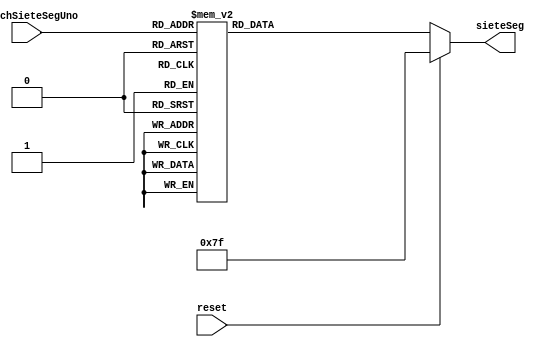
`timescale 1ns / 1ps
//////////////////////////////////////////////////////////////////////////////////
// Company: 
// Engineer: 
// 
// Design Name: 
// Module Name:    Deco_7Seg_2 
// Project Name: 
// Target Devices: 
// Tool versions: 
// Description: 
//
// Dependencies: 
//
// Revision: 
// Revision 0.01 - File Created
// Additional Comments: 
//
//////////////////////////////////////////////////////////////////////////////////
module Deco_7Seg_2(
	input [2:0] switchSieteSegUno,
	input wire reset,
	output reg [6:0] sieteSeg
    );

   always @*
	begin
	
      if (reset)
          sieteSeg <= 7'b1111111;
      else
			begin
         case (switchSieteSegUno)
            3'b000  : sieteSeg <= 7'b0011001;
            3'b001  : sieteSeg <= 7'b0010010;
            3'b010  : sieteSeg <= 7'b0000010;
            3'b011  : sieteSeg <= 7'b1111000;
            3'b100  : sieteSeg <= 7'b0000000;
            3'b101  : sieteSeg <= 7'b0010000;
            3'b110  : sieteSeg <= 7'b1000000;
            3'b111  : sieteSeg <= 7'b1111001;
            default : sieteSeg <= 7'b0110000;
         endcase
			end
		end

endmodule